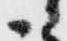
御